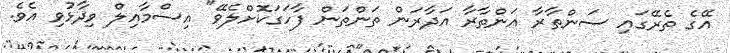
އޭގެ ތެރޭގައި ސަންތާރާ އަންތާރާ އަދާރަން ތަންތަން ފާހަގަކޮށްލެވޭ" އިސްމާއިލް ވިދާޅުވި އެވެ.